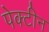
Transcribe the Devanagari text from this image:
पेक्टीन